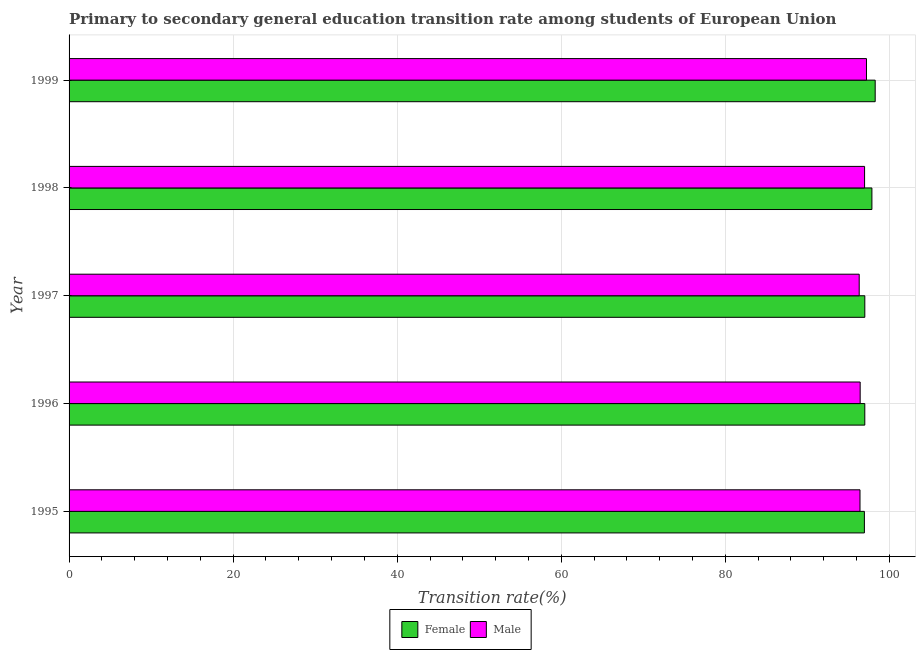
| Year | Female | Male |
 | --- | --- | --- |
 | 1995 | 97 | 96.4 |
 | 1996 | 97 | 96.4 |
 | 1997 | 97 | 96.3 |
 | 1998 | 97.9 | 97 |
 | 1999 | 98.3 | 97.2 |